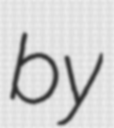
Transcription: by